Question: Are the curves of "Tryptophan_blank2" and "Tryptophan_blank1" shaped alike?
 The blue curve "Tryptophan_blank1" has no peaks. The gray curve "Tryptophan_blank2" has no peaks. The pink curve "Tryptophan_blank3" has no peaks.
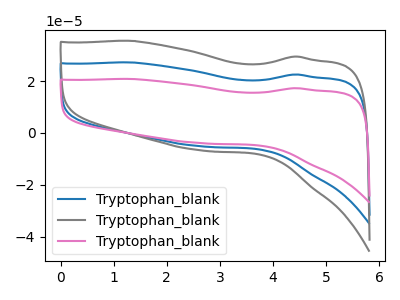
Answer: <think>Neither "Tryptophan_blank2" or "Tryptophan_blank1" have any peaks.
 </think>
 <answer>"Tryptophan_blank2" and "Tryptophan_blank1" are similar in shape.</answer>
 <eval>same_shape</eval>